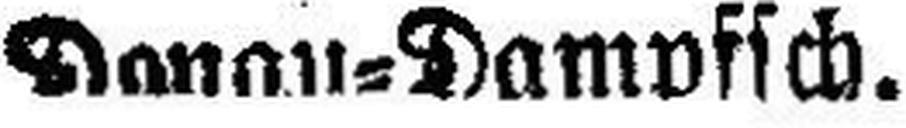
Danau-Dampfsch